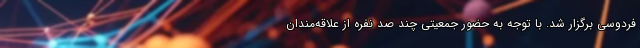
فردوسی برگزار ‌شد. با توجه به حضور جمعیتی چند صد نفره از علاقه‌مندان